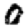
Digit: 0